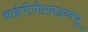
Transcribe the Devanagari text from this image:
आईपीपीएनडब्ल्यू